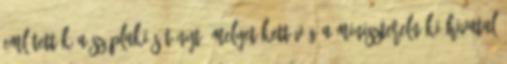
említették a széplaki sétányt, melyet kettévág a Miniszterelnöki Hivatal